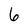
Character: 6